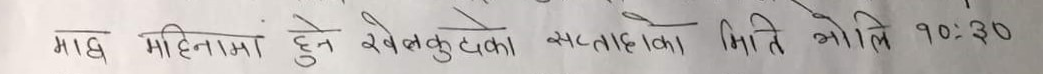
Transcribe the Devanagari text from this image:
माघ महिनामा हुने खेलकुदका सर्तहरूका मिति भोलि १०:३०